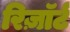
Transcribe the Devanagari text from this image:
रिज़ाॅर्ट